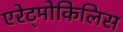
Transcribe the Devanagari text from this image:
एरेट्मोकिलिस